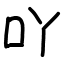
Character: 吖